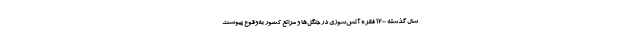
سال گذشته ۱۲۰۰ فقره آتش‌سوزی در جنگل‌ها و مراتع کشور به‌وقوع ‌پیوست